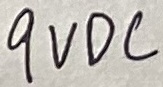
Text: 9VDC